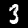
Digit: 3